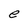
Character: e